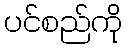
ပင်စည်ကို